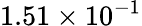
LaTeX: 1.51\times 10^{-1}